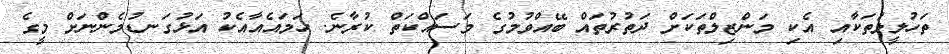
ތަހުލީލުތަކާއި އެކި މަންޒިލްތަކަށް ދަތުރުތައް ބޭއްވުމުގެ މަސައްކަތް ކުރާނެ. ހަމައެއާއެކު އަޅުގަނޑުމެންނަށް މީގެ